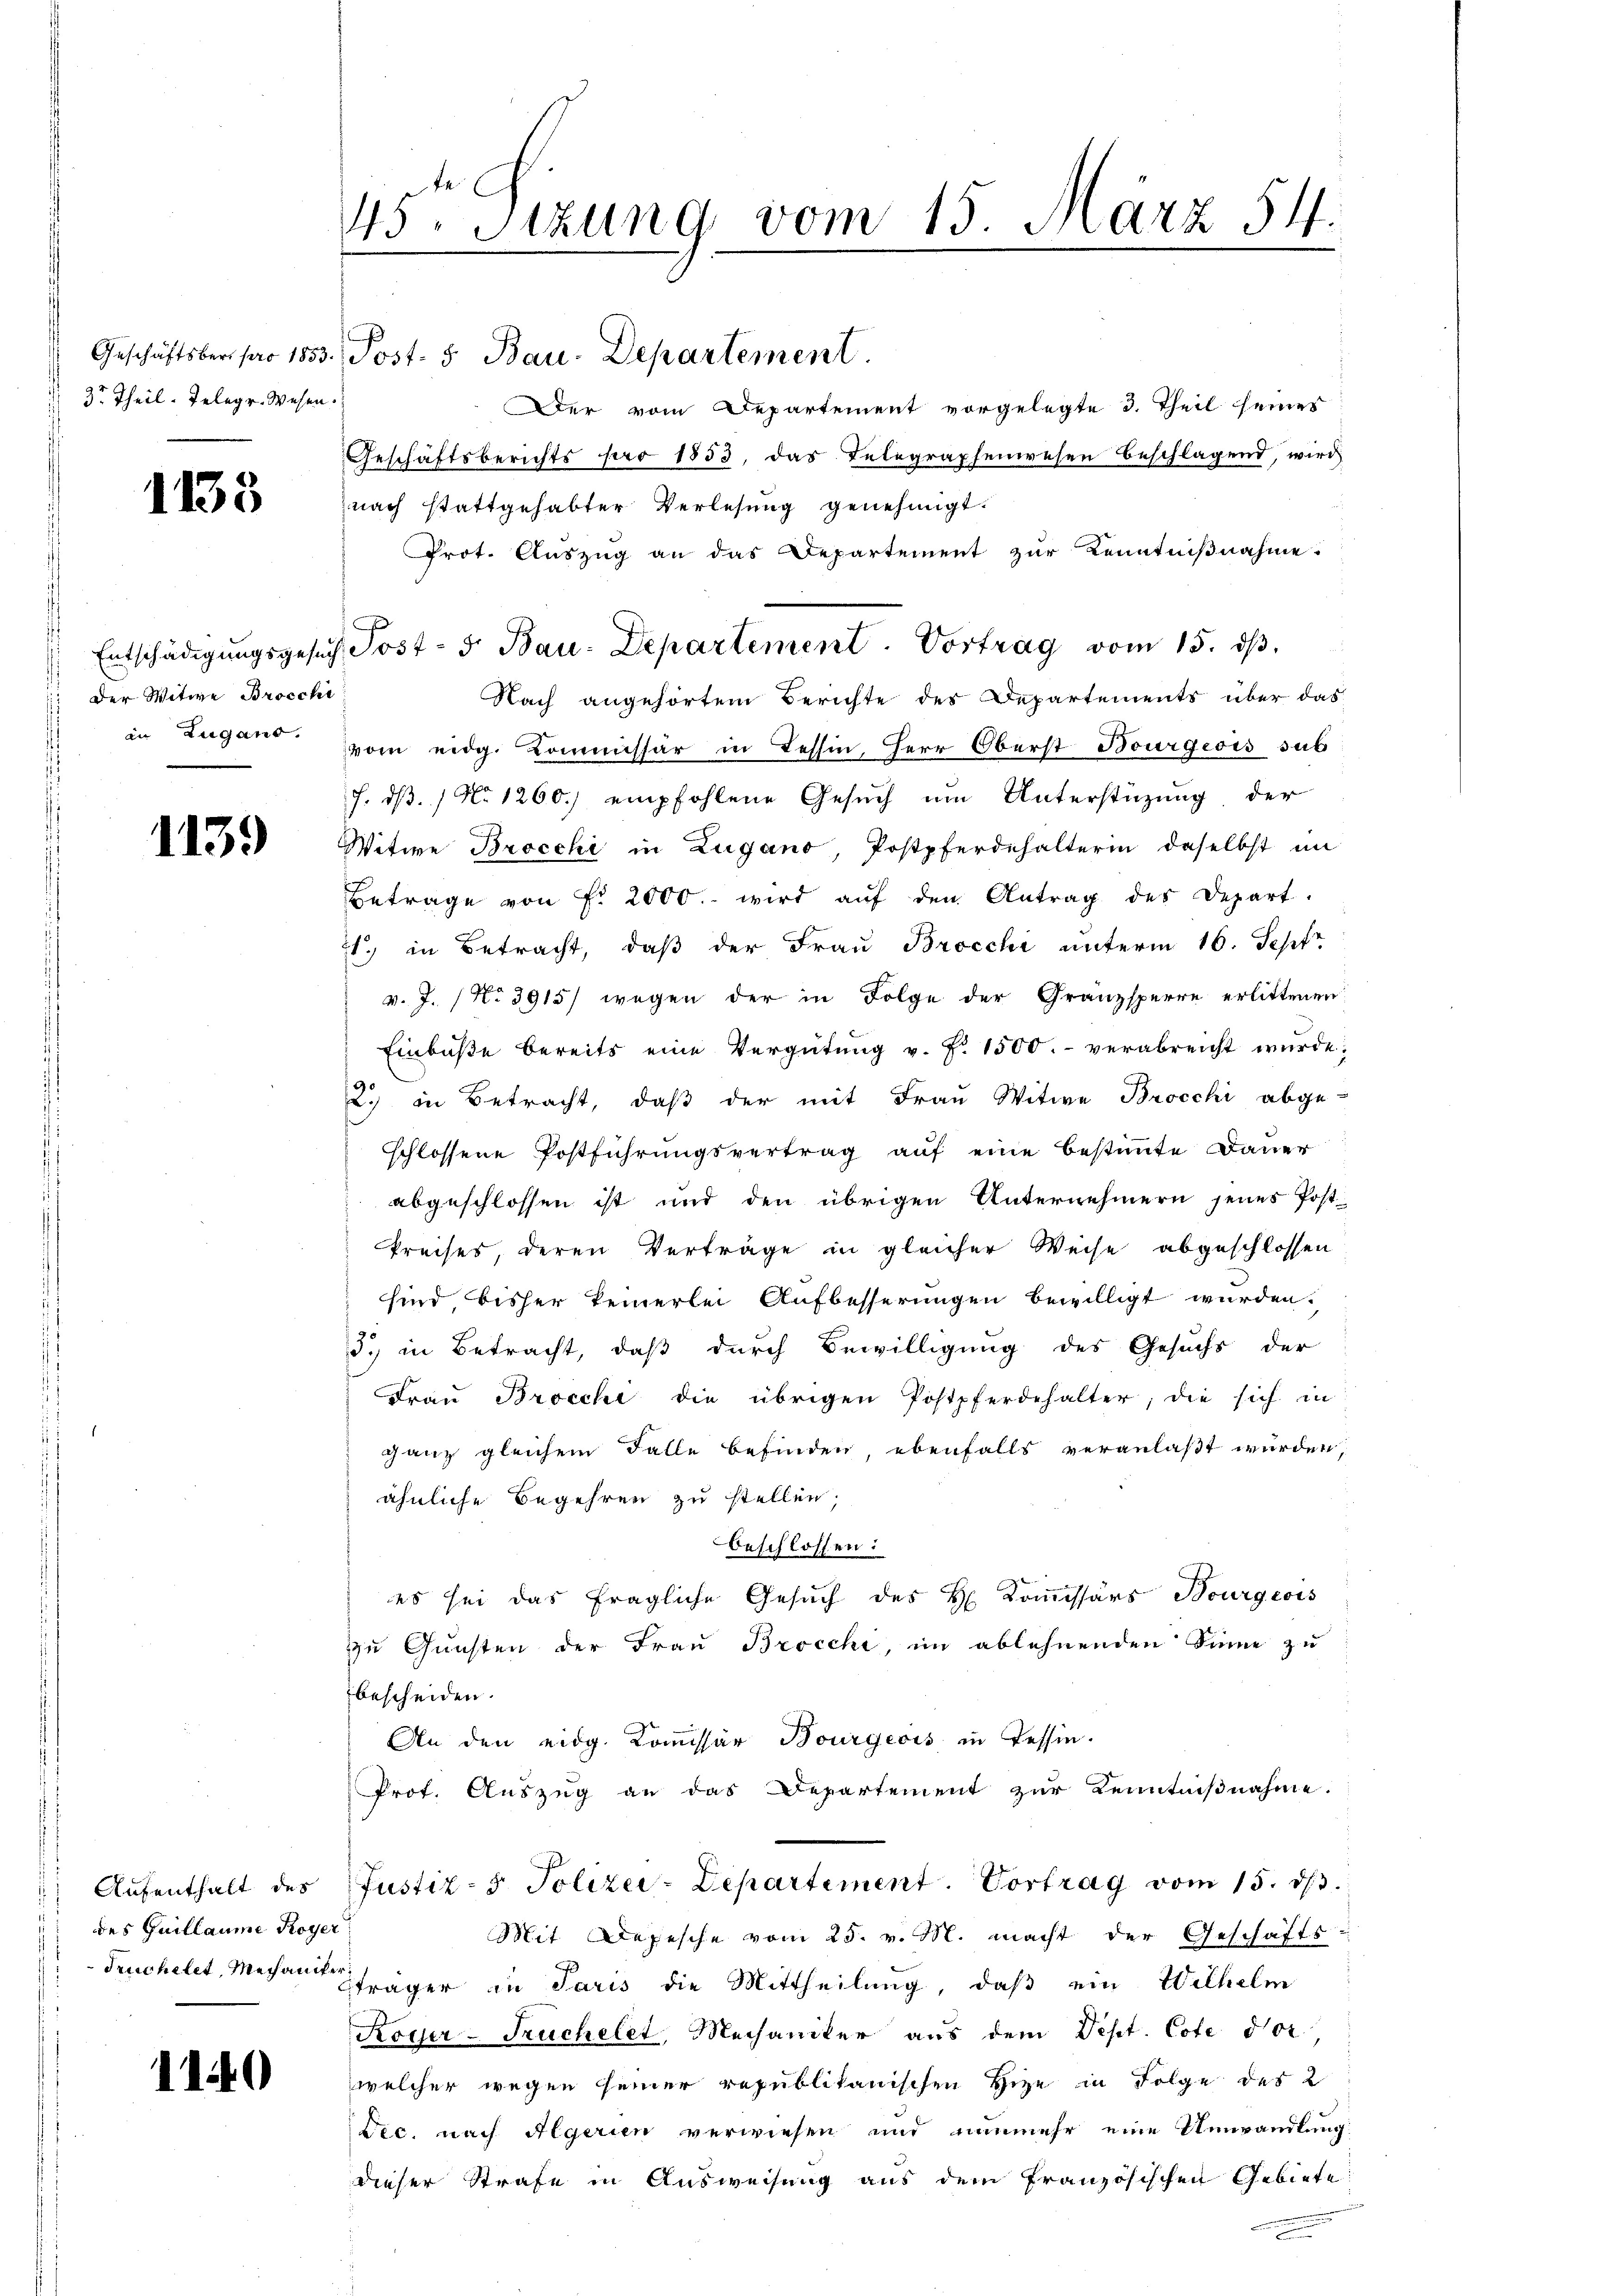
3t. Theil. Telegr. Wesen.

1138

: Der Witwe Brocchi

1139

des Guillaume Royer

1140

45ten Sizung vom 15. März 54.

Der vom Departement vorgelegte 3. Theil seines
Geschäftsberichts par 1853, das Telegraphenwesen beschlagend, wird
nach stattgehabter Verlesung genehmigt.
Prot. Auszug an das Departement zur Kenntnißnahme.
Nach angehörtem Berichte des Departements über das
) in Zugano vom eidg. Kommissär in Tessin, Herr Oberst Bourgeois sub
f. dß. / No 1260) empfohlene Gesuch um Unterstüzung der
Witwe Brocchi in Zugano, Postpferdehalterin daselbst im
Betrage von Fr. 2000. wird aŭf den Antrag des Depart.
21., in Betracht, daß der Frau Brocchi unterm 16. Sept
v. J. (No 3915) wegen der in Folge der Gränzsperre erlittenen
Einbuße bereits eine Vergütŭng v. J. 1500.- verabreicht wŭrde,
90
.) in Betracht, daß der mit Frau Witwe Brocchi abge-
schlossene Postführungsvertrag auf eine bestimmte Dauer
abgeschlossen ist und den übrigen Unternehmern jenes Post-
Preises, deren Verträge in gleicher Weise abgeschlossen
sind bisher keinerlei Aufbesserungen bewilligt wurden.
d. in Betracht, daß durch Bewilligung des Gesuchs der
Fraŭ Brocchi die übrigen Postpferdehalter, die sich in
ganz gleichem Falle befinden, ebenfalls veranlaßt wurden,
ähnliche Begehren zu stellen,
beschlossen:
es sei das fragliche Gesuch des H. Kommissärs Bourgeois
zu Gunsten der Frau Brocchi, im ablehnenden Sinne zu
bescheiden.
An den eidg. Komissär Bourgeois in Tessin.
Prof. Auszug an das Departement zur Kenntnißnahme.
Aŭfenthalt des Justiz- & Polizei-Departement. Vortrag vom 15. dβ.
Mit Depesche vom 25. v. M. macht der Geschäfts-
Truchelet, Mechanshäger in Paris die Mittheilung, daß ein Wilhelm
Koger-Truchelet, Mechaniker aus dem Dept. Cote dor
welcher wegen seiner republikanischen Hize in Folge des 2
Dec. nach Algerien verwiesen und nunmehr eine Umwandlung:
dieser Strafe in Ausweisung aus dem französischen Gebiete

Geschäftsber par 1853. Post. 5. Bau. Departement.

Entschädigŭngsgesuch Post- 5. Bau-Departement. Vortrag vom 15. dβ.